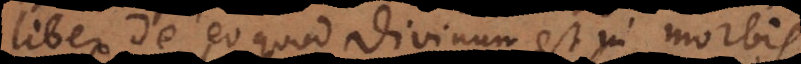
liber de eo quod divinum est in morbis